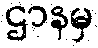
ဌာနမှ